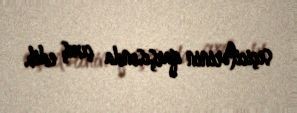
seçicilərinin qarşısında çıxış edib.